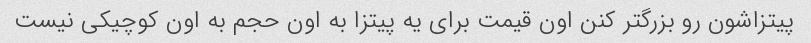
پیتزاشون رو بزرگتر کنن اون قیمت برای یه پیتزا به اون حجم به اون کوچیکی نیست